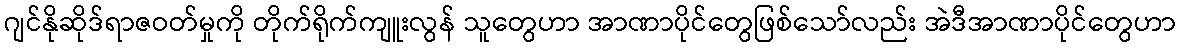
ဂျင်နိုဆိုဒ်ရာဇဝတ်မှုကို တိုက်ရိုက်ကျူးလွန် သူတွေဟာ အာဏာပိုင်တွေဖြစ်သော်လည်း အဲဒီအာဏာပိုင်တွေဟာ